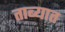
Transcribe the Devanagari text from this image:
ताब्‍यात